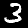
Digit: 3